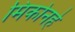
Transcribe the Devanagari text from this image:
मिकोनहे